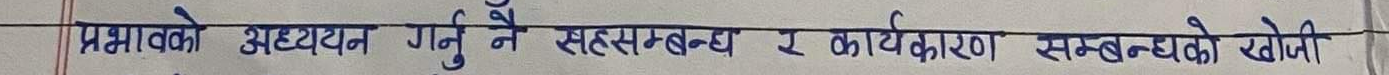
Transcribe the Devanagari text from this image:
प्रभावको अध्ययन गर्नु नै सहसम्बन्ध र कार्यकारण सम्बन्धको खोजी